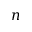
n